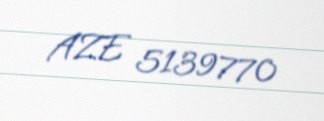
AZE 5139770